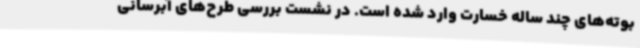
بوته‌های چند ساله خسارت وارد شده است. در نشست بررسی طرح‌های آبرسانی